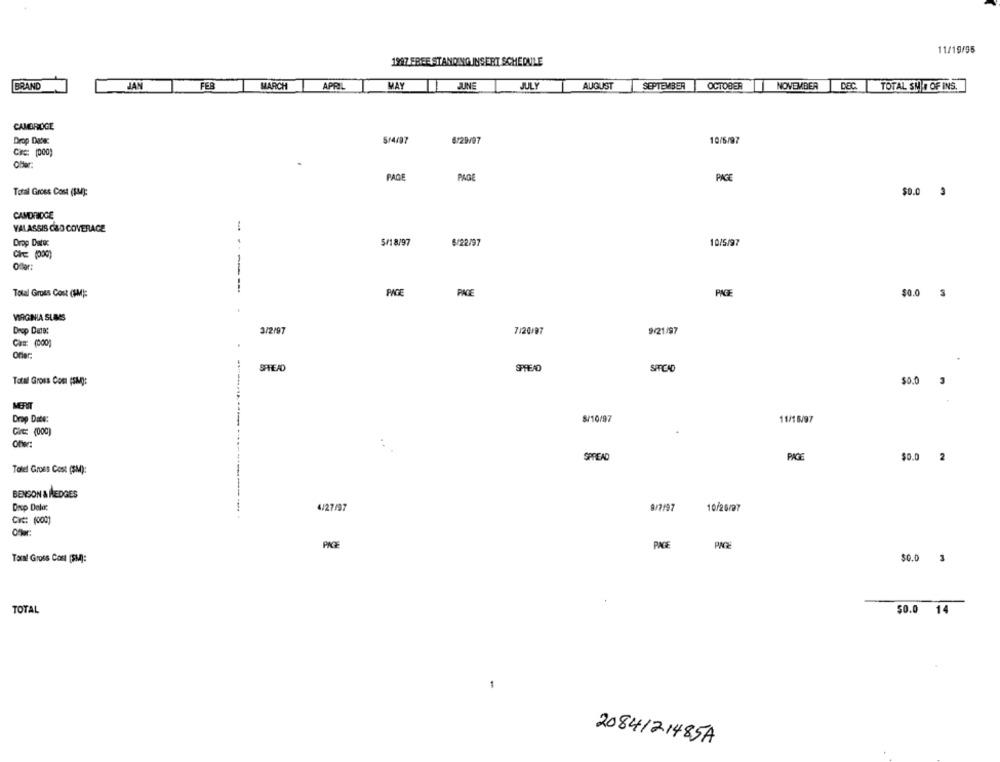
11/19/95
1997 FREE STANDING INSERT SCHEDULE
BRAND
MARCH
MAY
JUNE
DEC
JAN
FEB
APRIL
JULY
AUGUST
SEPTEMBER
OCTOBER
NOVEMBER
TOTAL SN . OF INS.
CAMBRIDGE
Drop Date:
5/4/97
6/29/97
10/5/97
Circ: (000)
PAGE
PAGE
PAGE
Total Gross Cost (por):
CAMDRIDGE
VALASSIS C&D COVERAGE
Drop Dator
5/18/97
6/22/97
10/5/97
Offer:
-----
Total Gross Cost (IM):
PAGE
PAGE
$0.0 3
VIRGINIA SUIS
Drop Dete:
3/2/97
7/20/97
9/21/97
CHE: (000)
Ofler
SPREAD
SPREAD
SPRCHO
Total Gross Com (SM):
$0.0
MERIT
Drop Date:
S/10/97
11/16/97
Offer:
SPREAD
PAIE
$0.0 2
Totel Groes Cost (SM):
BENSON & HEDGES
Dop Dele:
4/27/97
9/7/97
10/26/97
-------------- -
Cit: (000)
PACE
TON Gross Cost (SM):
$0.0 3
TOTAL
50.0 14
2084121485A